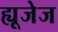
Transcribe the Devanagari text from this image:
ह्यूजेज